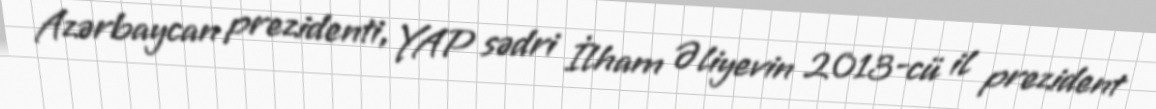
Azərbaycan prezidenti, YAP sədri İlham Əliyevin 2013-cü il prezident